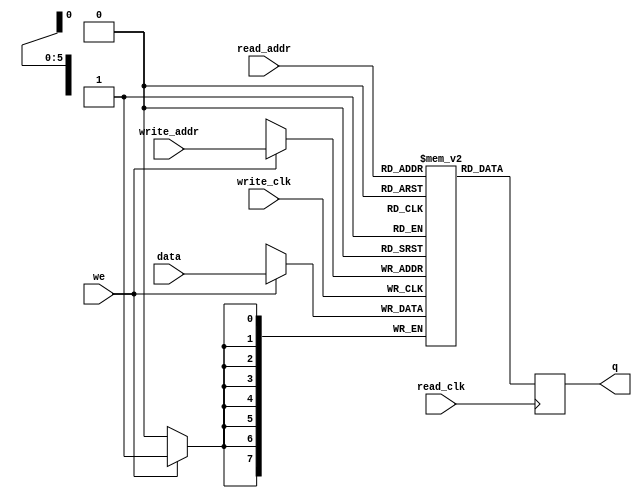
module ram_dual_port (
    output reg [7:0] q,
    input [7:0] data,
    input [5:0] read_addr, write_addr,
    input we, read_clk, write_clk
);

    reg [7:0] ram[63:0];

    always @(posedge write_clk)
        if(we)
            ram[write_addr] <= data;

    always @(posedge read_clk)
        q <= ram[read_addr];

endmodule